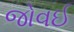
જોવઈ